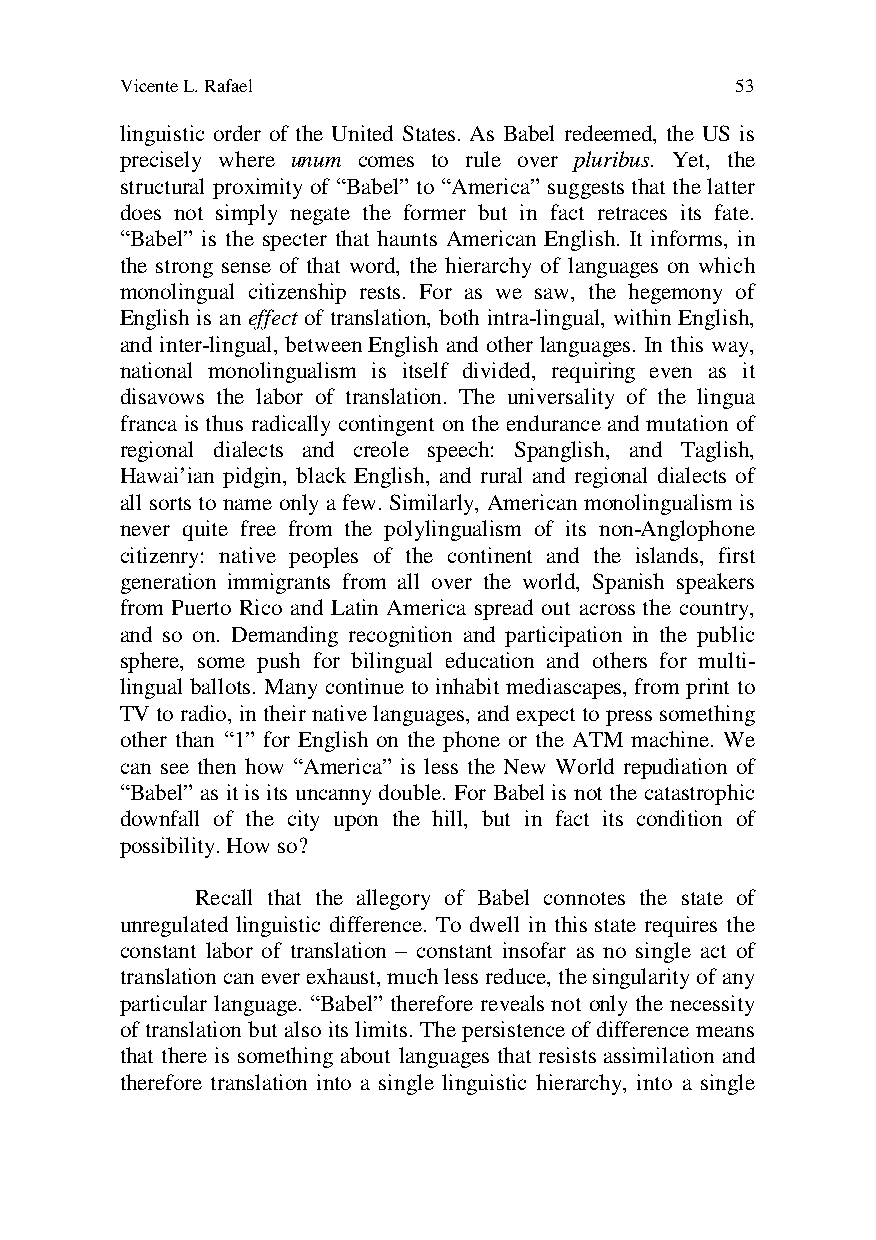
Vicente L. Rafael                        53
 linguistic order of the United States. As Babel redeemed, the US is
 precisely where unum comes to rule over pluribus. Yet, the
 structural proximity of “Babel” to “America” suggests that the latter
 does not simply negate the former but in fact retraces its fate.
 “Babel” is the specter that haunts American English. It informs, in
 the strong sense of that word, the hierarchy of languages on which
 monolingual citizenship rests. For as we saw, the hegemony of
 English is an effect of translation, both intra-lingual, within English,
 and inter-lingual, between English and other languages. In this way,
 national monolingualism is itself divided, requiring even as it
 disavows the labor of translation. The universality of the lingua
 franca is thus radically contingent on the endurance and mutation of
 regional dialects and creole speech: Spanglish, and Taglish,
 Hawai’ian pidgin, black English, and rural and regional dialects of
 all sorts to name only a few. Similarly, American monolingualism is
 never quite free from the polylingualism of its non-Anglophone
 citizenry: native peoples of the continent and the islands, first
 generation immigrants from all over the world, Spanish speakers
 from Puerto Rico and Latin America spread out across the country,
 and so on. Demanding recognition and participation in the public
 sphere, some push for bilingual education and others for multi-
 lingual ballots. Many continue to inhabit mediascapes, from print to
 TV to radio, in their native languages, and expect to press something
 other than “1” for English on the phone or the ATM machine. We
 can see then how “America” is less the New World repudiation of
 “Babel” as it is its uncanny double. For Babel is not the catastrophic
 downfall of the city upon the hill, but in fact its condition of
 possibility. How so?
 Recall that the allegory of Babel connotes the state of
 unregulated linguistic difference. To dwell in this state requires the
 constant labor of translation – constant insofar as no single act of
 translation can ever exhaust, much less reduce, the singularity of any
 particular language. “Babel” therefore reveals not only the necessity
 of translation but also its limits. The persistence of difference means
 that there is something about languages that resists assimilation and
 therefore translation into a single linguistic hierarchy, into a single